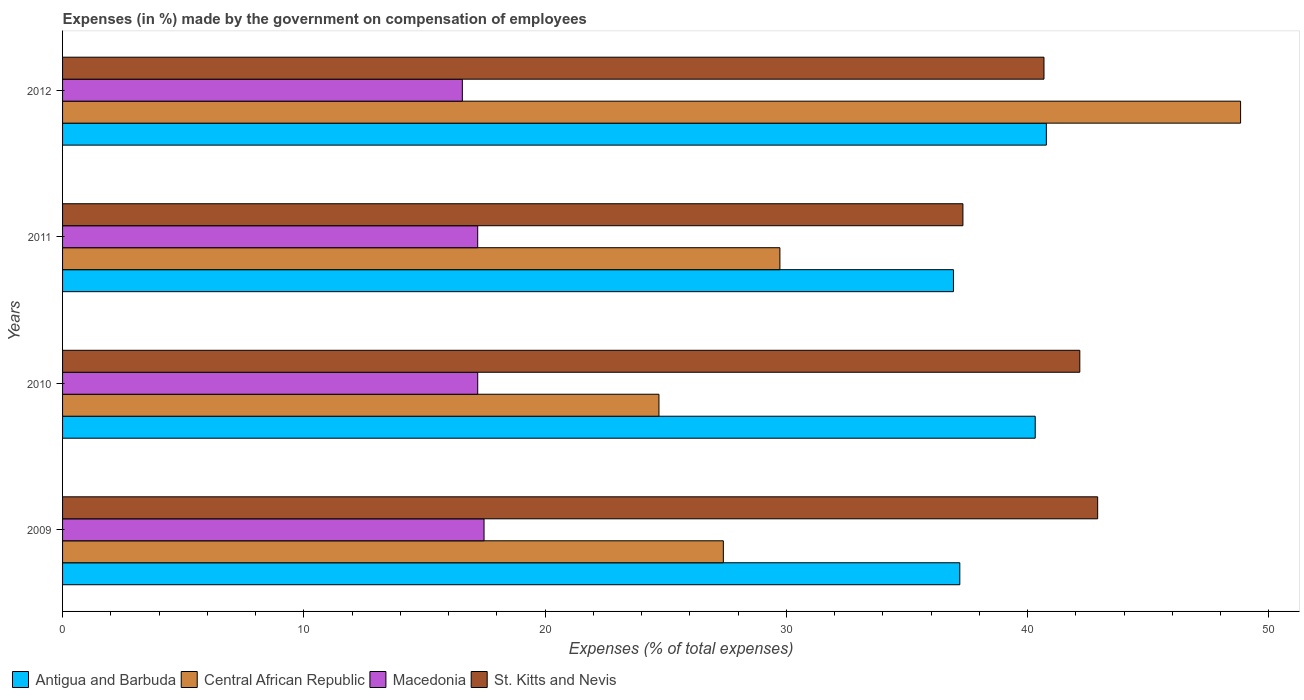
| Years | Antigua and Barbuda | Central African Republic | Macedonia | St. Kitts and Nevis |
 | --- | --- | --- | --- | --- |
 | 2009 | 37.2 | 27.4 | 17.5 | 42.9 |
 | 2010 | 40.3 | 24.7 | 17.2 | 42.2 |
 | 2011 | 36.9 | 29.7 | 17.2 | 37.3 |
 | 2012 | 40.8 | 48.8 | 16.6 | 40.7 |